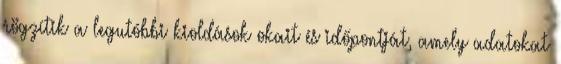
rögzítik a legutóbbi kioldások okait és időpontját, amely adatokat